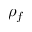
\rho _ { f }